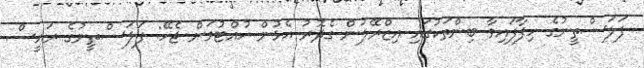
ފަލަސްތީނުގެ ހިފާފައިވާ ބިންތަކުގައި އިޒްރޭލުން ގެދޮރު އެޅުން ހުއްޓުވަން ޖެހޭ: ފަލަސްތީނުގެ ރައީސް